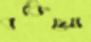
বকিয়ো